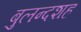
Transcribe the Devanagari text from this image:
बुलन्दशह